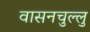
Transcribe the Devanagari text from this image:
वासनचुल्लु